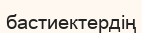
бастиектердің